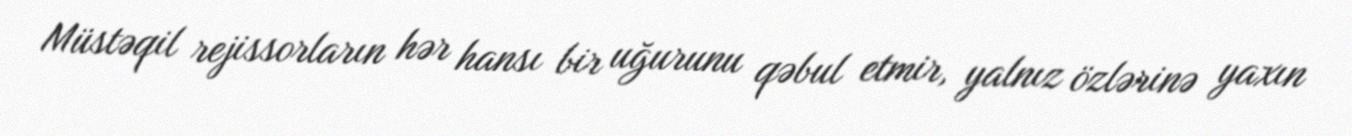
Müstəqil rejissorların hər hansı bir uğurunu qəbul etmir, yalnız özlərinə yaxın